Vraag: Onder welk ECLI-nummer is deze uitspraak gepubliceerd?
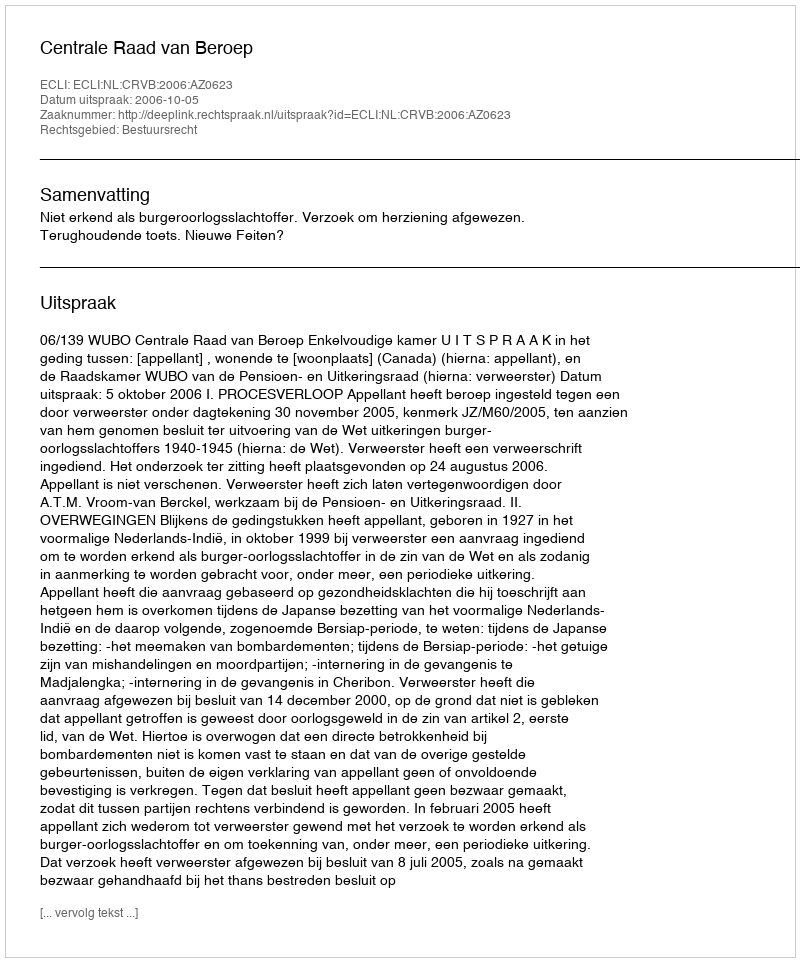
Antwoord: ECLI:NL:CRVB:2006:AZ0623